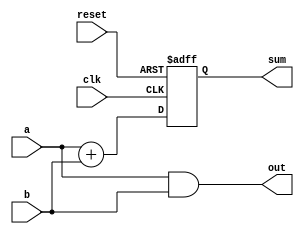
module behavioral_model (
    input wire clk,          // Clock input
    input wire reset,        // Reset input
    input wire [3:0] a,      // 4-bit input a
    input wire [3:0] b,      // 4-bit input b
    output reg [4:0] sum,    // 5-bit output sum
    output reg [3:0] out     // 4-bit output for combinational logic
);

// Combinational logic block using always @*
always @* begin
    // Example: Simple combinational logic - 4-bit AND operation
    out = a & b; // AND operation
end

// Sequential logic block using always @(posedge clk)
always @(posedge clk or posedge reset) begin
    if (reset) begin
        sum <= 5'b0; // Reset the sum to 0
    end else begin
        // Example: Add inputs a and b, storing the result in sum
        sum <= a + b; // Calculate sum of a and b
    end
end

endmodule